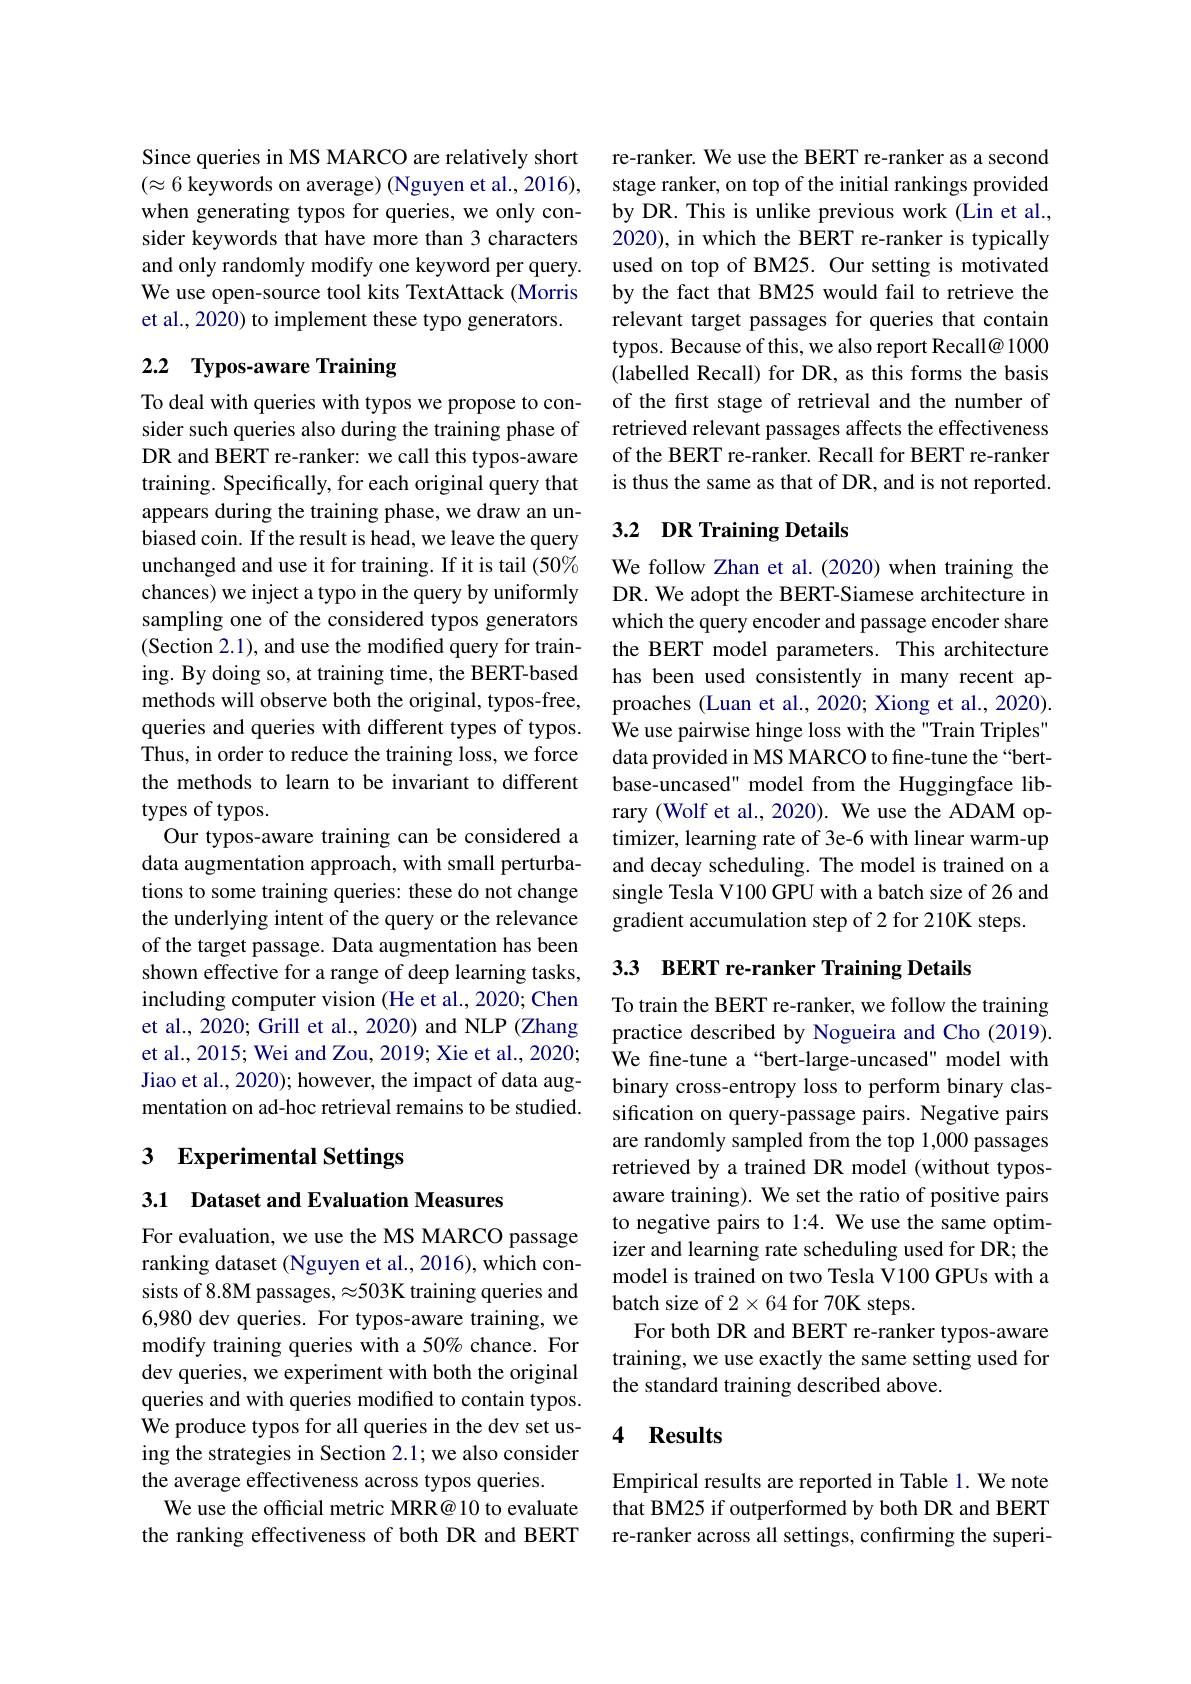
Since queries in MS MARCO are relatively short $(\approx6$ keywords on average) (Nguyen et al., 2016), when generating typos for queries, we only consider keywords that have more than 3 characters and only randomly modify one keyword per query. We use open-source tool kits TextAttack (Morris et al., 2020) to implement these typo generators.

## 2.2 Typos-aware Training

To deal with queries with typos we propose to consider such queries also during the training phase of DR and BERT re-ranker: we call this typos-aware training. Specifically, for each original query that appears during the training phase, we draw an unbiased coin. If the result is head, we leave the query unchanged and use it for training. If it is tail (50% chances) we inject a typo in the query by uniformly sampling one of the considered typos generators (Section 2.1), and use the modified query for training. By doing so, at training time, the BERT-based methods will observe both the original, typos-free, queries and queries with different types of typos. Thus, in order to reduce the training loss, we force the methods to learn to be invariant to different types of typos.
Our typos-aware training can be considered a data augmentation approach, with small perturbations to some training queries: these do not change the underlying intent of the query or the relevance of the target passage. Data augmentation has been shown effective for a range of deep learning tasks, including computer vision (He et al., 2020; Chen et al., 2020; Grill et al., 2020) and NLP (Zhang et al., 2015; Wei and Zou, 2019; Xie et al., 2020; Jiao et al., 2020); however, the impact of data augmentation on ad-hoc retrieval remains to be studied.

## 3 Experimental Settings

3.1 Dataset and Evaluation Measures

For evaluation, we use the MS MARCO passage ranking dataset (Nguyen et al., 2016), which consists of 8.8M passages, $\approx503$K training queries and 6,980 dev queries. For typos-aware training, we modify training queries with a 50% chance. For dev queries, we experiment with both the original queries and with queries modified to contain typos. We produce typos for all queries in the dev set using the strategies in Section 2.1; we also consider the average effectiveness across typos queries.
We use the official metric MRR@ 10 to evaluate the ranking effectiveness of both DR and BERT

re-ranker. We use the BERT re-ranker as a second stage ranker, on top of the initial rankings provided by DR. This is unlike previous work (Lin et al., 2020), in which the BERT re-ranker is typically used on top of BM25. Our setting is motivated by the fact that BM25 would fail to retrieve the relevant target passages for queries that contain typos. Because of this, we also report Recall@ 1000 (labelled Recall) for DR, as this forms the basis of the first stage of retrieval and the number of retrieved relevant passages affects the effectiveness of the BERT re-ranker. Recall for BERT re-ranker is thus the same as that of DR, and is not reported.

## 3.2 DR Training Details

We follow Zhan et al. (2020) when training the DR. We adopt the BERT-Siamese architecture in which the query encoder and passage encoder share the BERT model parameters. This architecture has been used consistently in many recent approaches (Luan et al., 2020; Xiong et al., 2020). We use pairwise hinge loss with the "Train Triples" data provided in MS MARCO to fine-tune the “bertbase-uncased" model from the Huggingface library (Wolf et al., 2020). We use the ADAM optimizer, learning rate of 3e-6 with linear warm-up and decay scheduling. The model is trained on a single Tesla V100 GPU with a batch size of 26 and gradient accumulation step of 2 for 210K steps.

3.3 BERT re-ranker Training Details

To train the BERT re-ranker, we follow the training practice described by Nogueira and Cho (2019). We fine-tune a“bert-large-uncased" model with binary cross-entropy loss to perform binary classification on query-passage pairs. Negative pairs are randomly sampled from the top 1,000 passages retrieved by a trained DR model (without typosaware training). We set the ratio of positive pairs to negative pairs to 1:4. We use the same optimizer and learning rate scheduling used for DR; the model is trained on two Tesla V100 GPUs with a batch size of $2\times64$ for 70K steps.
For both DR and BERT re-ranker typos-aware training, we use exactly the same setting used for the standard training described above.

## 4 Results

Empirical results are reported in Table 1. We note that BM25 if outperformed by both DR and BERT re-ranker across all settings, confirming the superi-